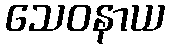
သေဝနာယ